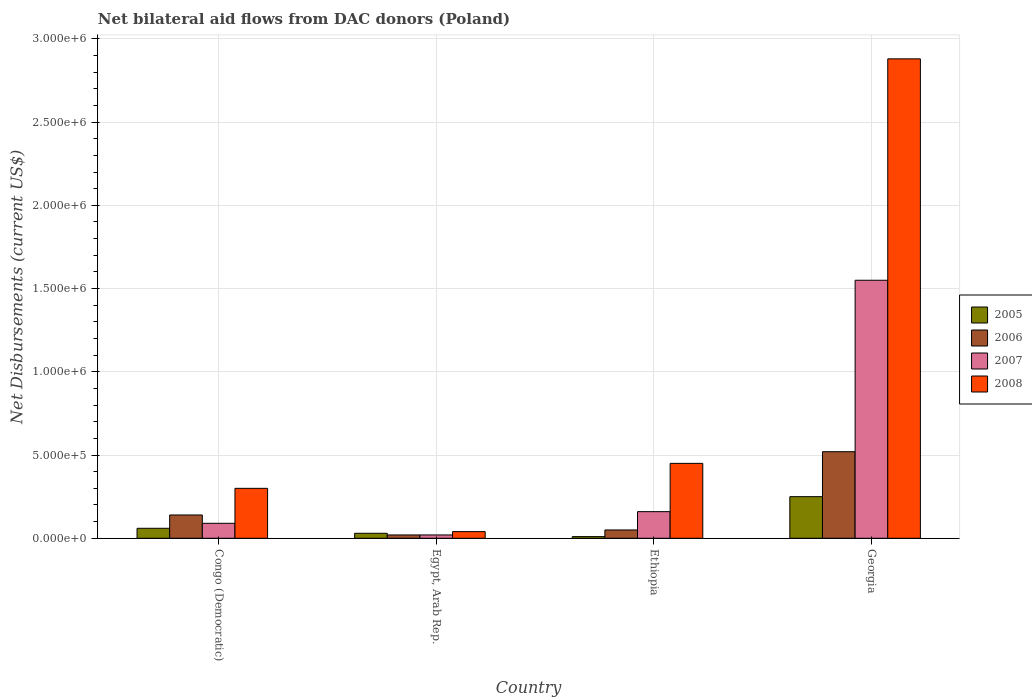
| Country | 2005 | 2006 | 2007 | 2008 |
 | --- | --- | --- | --- | --- |
 | Congo (Democratic) | 6e+04 | 1.4e+05 | 9e+04 | 3e+05 |
 | Egypt, Arab Rep. | 3e+04 | 2e+04 | 2e+04 | 4e+04 |
 | Ethiopia | 1e+04 | 5e+04 | 1.6e+05 | 4.5e+05 |
 | Georgia | 2.5e+05 | 5.2e+05 | 1.55e+06 | 2.88e+06 |